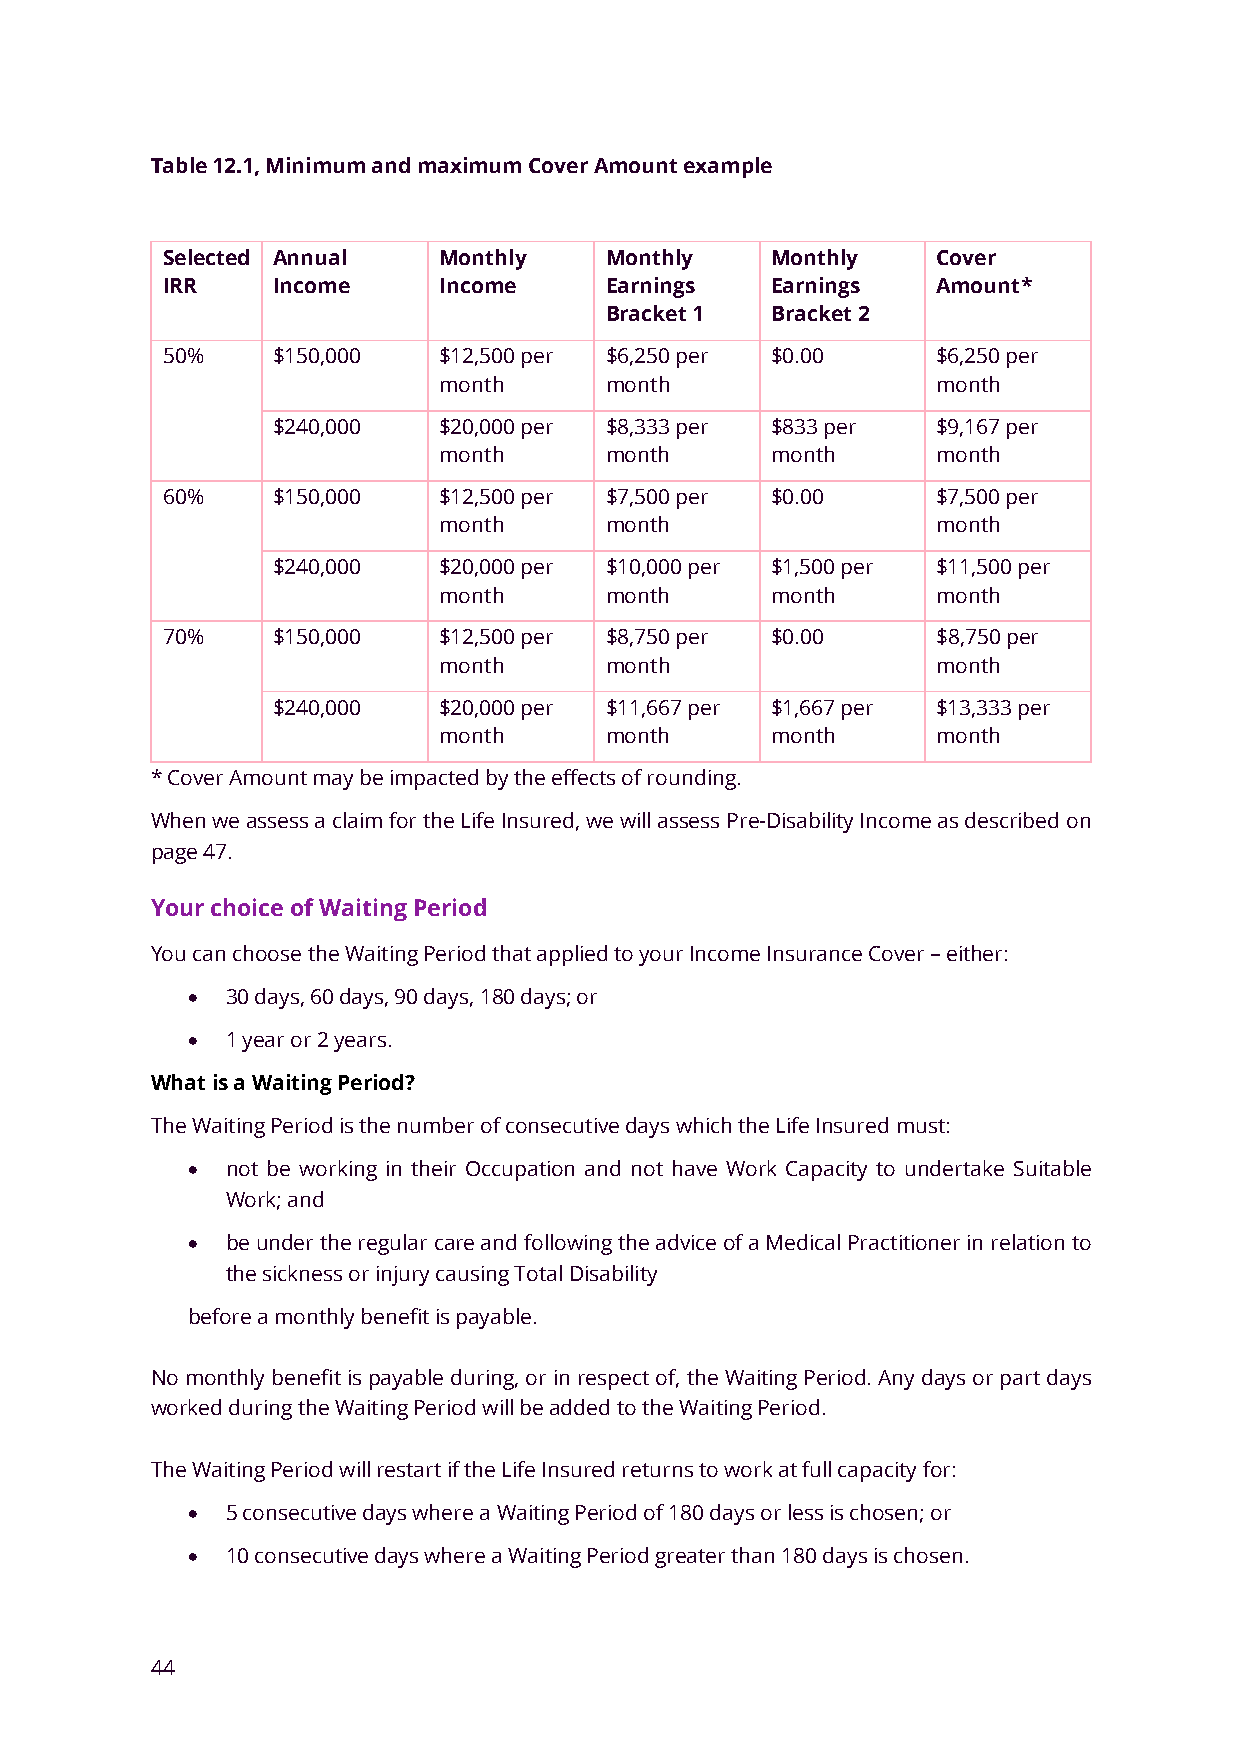
Table 12.1, Minimum and maximum Cover Amount example
 Selected Annual   Monthly    Monthly    Monthly    Cover
 IRR    Income     Income     Earnings   Earnings   Amount*
 Bracket 1  Bracket 2
 50%    $150,000   $12,500 per $6,250 per $0.00     $6,250 per
 month      month                 month
 $240,000   $20,000 per $8,333 per $833 per  $9,167 per
 month      month      month      month
 60%    $150,000   $12,500 per $7,500 per $0.00     $7,500 per
 month      month                 month
 $240,000   $20,000 per $10,000 per $1,500 per $11,500 per
 month      month      month      month
 70%    $150,000   $12,500 per $8,750 per $0.00     $8,750 per
 month      month                 month
 $240,000   $20,000 per $11,667 per $1,667 per $13,333 per
 month      month      month      month
 * Cover Amount may be impacted by the effects of rounding.
 When we assess a claim for the Life Insured, we will assess Pre-Disability Income as described on
 page 47.
 Your choice of Waiting Period
 You can choose the Waiting Period that applied to your Income Insurance Cover – either:
 •  30 days, 60 days, 90 days, 180 days; or
 •  1 year or 2 years.
 What is a Waiting Period?
 The Waiting Period is the number of consecutive days which the Life Insured must:
 •  not be working in their Occupation and not have Work Capacity to undertake Suitable
 Work; and
 •  be under the regular care and following the advice of a Medical Practitioner in relation to
 the sickness or injury causing Total Disability
 before a monthly benefit is payable.
 No monthly benefit is payable during, or in respect of, the Waiting Period. Any days or part days
 worked during the Waiting Period will be added to the Waiting Period.
 The Waiting Period will restart if the Life Insured returns to work at full capacity for:
 •  5 consecutive days where a Waiting Period of 180 days or less is chosen; or
 •  10 consecutive days where a Waiting Period greater than 180 days is chosen.
 44